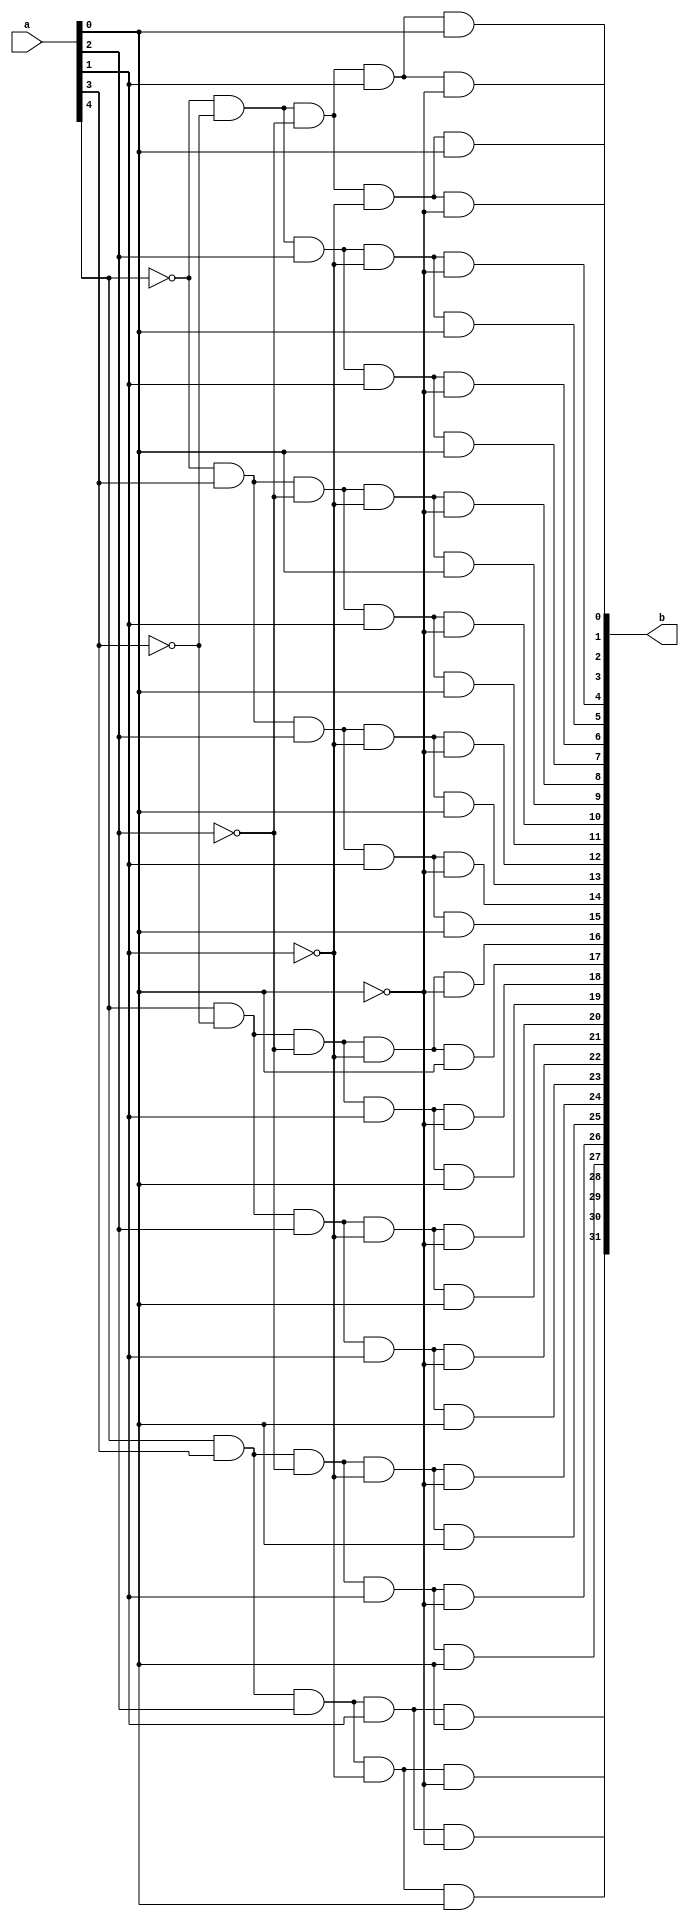
module dec_5to32 (
  input [4:0] a,
  output [31:0] b);  

  and (b[0 ], ~a[4], ~a[3], ~a[2], ~a[1], ~a[0]);
  and (b[1 ], ~a[4], ~a[3], ~a[2], ~a[1],  a[0]);
  and (b[2 ], ~a[4], ~a[3], ~a[2],  a[1], ~a[0]);
  and (b[3 ], ~a[4], ~a[3], ~a[2],  a[1],  a[0]);
  and (b[4 ], ~a[4], ~a[3],  a[2], ~a[1], ~a[0]);
  and (b[5 ], ~a[4], ~a[3],  a[2], ~a[1],  a[0]);
  and (b[6 ], ~a[4], ~a[3],  a[2],  a[1], ~a[0]);
  and (b[7 ], ~a[4], ~a[3],  a[2],  a[1],  a[0]);
  and (b[8 ], ~a[4],  a[3], ~a[2], ~a[1], ~a[0]);
  and (b[9 ], ~a[4],  a[3], ~a[2], ~a[1],  a[0]);
  and (b[10], ~a[4],  a[3], ~a[2],  a[1], ~a[0]);
  and (b[11], ~a[4],  a[3], ~a[2],  a[1],  a[0]);
  and (b[12], ~a[4],  a[3],  a[2], ~a[1], ~a[0]);
  and (b[13], ~a[4],  a[3],  a[2], ~a[1],  a[0]);
  and (b[14], ~a[4],  a[3],  a[2],  a[1], ~a[0]);
  and (b[15], ~a[4],  a[3],  a[2],  a[1],  a[0]);
  and (b[16],  a[4], ~a[3], ~a[2], ~a[1], ~a[0]);
  and (b[17],  a[4], ~a[3], ~a[2], ~a[1],  a[0]);
  and (b[18],  a[4], ~a[3], ~a[2],  a[1], ~a[0]);
  and (b[19],  a[4], ~a[3], ~a[2],  a[1],  a[0]);
  and (b[20],  a[4], ~a[3],  a[2], ~a[1], ~a[0]);
  and (b[21],  a[4], ~a[3],  a[2], ~a[1],  a[0]);
  and (b[22],  a[4], ~a[3],  a[2],  a[1], ~a[0]);
  and (b[23],  a[4], ~a[3],  a[2],  a[1],  a[0]);
  and (b[24],  a[4],  a[3], ~a[2], ~a[1], ~a[0]);
  and (b[25],  a[4],  a[3], ~a[2], ~a[1],  a[0]);
  and (b[26],  a[4],  a[3], ~a[2],  a[1], ~a[0]);
  and (b[27],  a[4],  a[3], ~a[2],  a[1],  a[0]);
  and (b[28],  a[4],  a[3],  a[2], ~a[1], ~a[0]);
  and (b[29],  a[4],  a[3],  a[2], ~a[1],  a[0]);
  and (b[30],  a[4],  a[3],  a[2],  a[1], ~a[0]);
  and (b[31],  a[4],  a[3],  a[2],  a[1],  a[0]);

endmodule